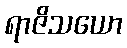
ရာဇိသယော